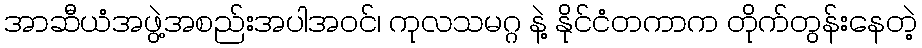
အာဆီယံအဖွဲ့အစည်းအပါအဝင်၊ ကုလသမဂ္ဂ နဲ့ နိုင်ငံတကာက တိုက်တွန်းနေတဲ့